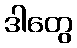
ဒါတွေ